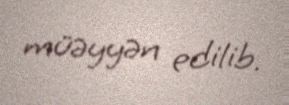
müəyyən edilib.